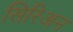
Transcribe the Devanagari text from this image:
सिरिअन